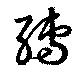
轉